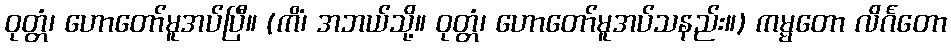
ဝုတ္တံ၊ ဟောတော်မူအပ်ပြီ။ (ကိံ၊ အဘယ်သို့။ ဝုတ္တံ၊ ဟောတော်မူအပ်သနည်း။) ကမ္မတော လိင်္ဂတော